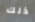
ذلك